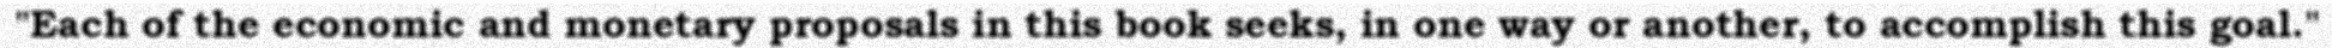
"Each of the economic and monetary proposals in this book seeks, in one way or another, to accomplish this goal."